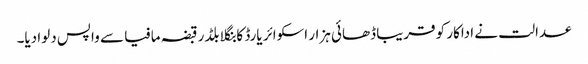
عدالت نے اداکار کو قریبا ڈھائی ہزار اسکوائر یارڈ کا بنگلا بلڈر قبضہ مافیا سے واپس دلوا دیا۔